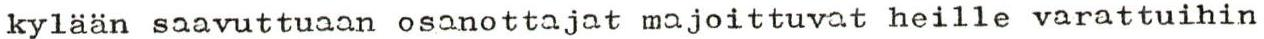
kylään saavuttuaan osanottajat majoittuvat heille varattuihin